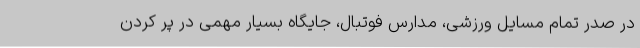
در صدر تمام مسایل ورزشی، مدارس فوتبال، جایگاه بسیار مهمی در پر کردن